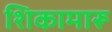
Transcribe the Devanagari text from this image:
शिकामारू